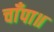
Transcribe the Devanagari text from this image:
चाँपा॥